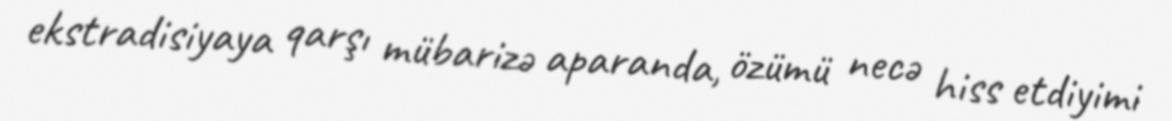
ekstradisiyaya qarşı mübarizə aparanda, özümü necə hiss etdiyimi